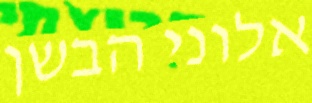
אלוני הבשן